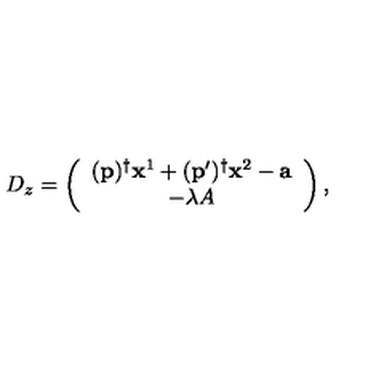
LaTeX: D _ { z } = \left( \begin{array} { c } { ( \mathbf { p } ) ^ { \dagger } \mathbf { x } ^ { 1 } + ( \mathbf { p } ^ { \prime } ) ^ { \dagger } \mathbf { x } ^ { 2 } - \mathbf { a } } \\ { - \lambda A } \\ \end{array} \right) ,